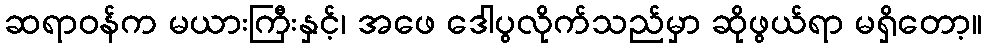
ဆရာဝန်က မယားကြီးနှင့်၊ အဖေ ဒေါပွလိုက်သည်မှာ ဆိုဖွယ်ရာ မရှိတော့။